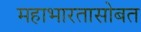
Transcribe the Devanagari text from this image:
महाभारतासोबत